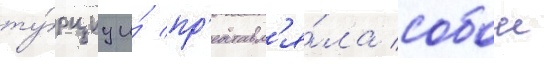
ту́рциу и́ пр'едставл'я́ла собои